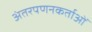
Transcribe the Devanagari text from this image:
अंतरपणनकर्ताओं